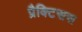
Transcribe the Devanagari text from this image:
प्रैक्टिसस